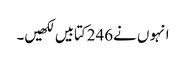
انہو ں نے246کتابیں لکھیں۔